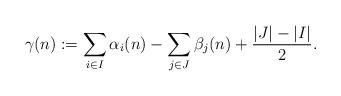
LaTeX: \begin{align*} \gamma(n) := \sum_{i \in I} \alpha_i(n) - \sum_{j \in J} \beta_j(n) + \frac{|J|-|I|}{2}. \end{align*}